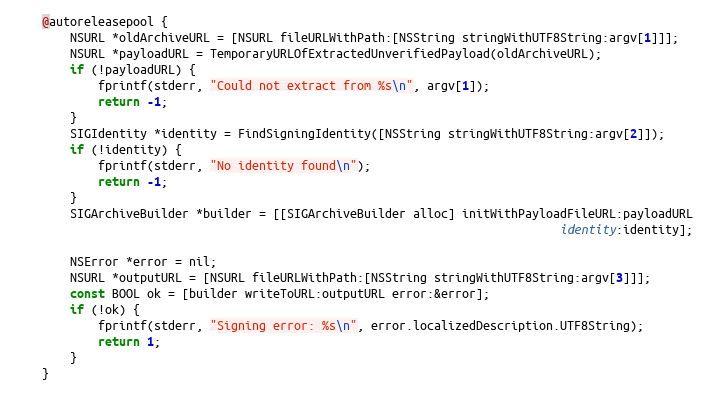
Language: C
    @autoreleasepool {
        NSURL *oldArchiveURL = [NSURL fileURLWithPath:[NSString stringWithUTF8String:argv[1]]];
        NSURL *payloadURL = TemporaryURLOfExtractedUnverifiedPayload(oldArchiveURL);
        if (!payloadURL) {
            fprintf(stderr, "Could not extract from %s\n", argv[1]);
            return -1;
        }
        SIGIdentity *identity = FindSigningIdentity([NSString stringWithUTF8String:argv[2]]);
        if (!identity) {
            fprintf(stderr, "No identity found\n");
            return -1;
        }
        SIGArchiveBuilder *builder = [[SIGArchiveBuilder alloc] initWithPayloadFileURL:payloadURL
                                                                              identity:identity];

        NSError *error = nil;
        NSURL *outputURL = [NSURL fileURLWithPath:[NSString stringWithUTF8String:argv[3]]];
        const BOOL ok = [builder writeToURL:outputURL error:&error];
        if (!ok) {
            fprintf(stderr, "Signing error: %s\n", error.localizedDescription.UTF8String);
            return 1;
        }
    }